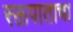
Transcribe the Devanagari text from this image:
रक्तपाताचा